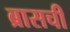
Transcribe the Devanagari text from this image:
ब्रासची